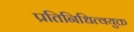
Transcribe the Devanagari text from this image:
प्रतिनिधित्वयुक्त